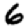
Digit: 6